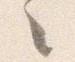
々